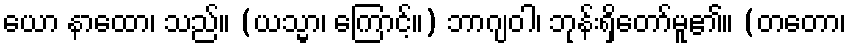
ယော နာထော၊ သည်။ (ယသ္မာ၊ ကြောင့်။) ဘာဂျဝါ၊ ဘုန်းရှိတော်မူ၏။ (တတော၊